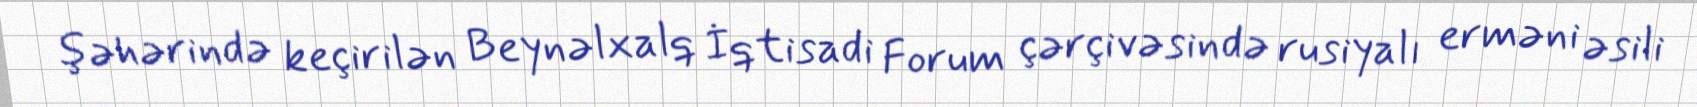
şəhərində keçirilən Beynəlxalq İqtisadi Forum çərçivəsində rusiyalı erməni əsili